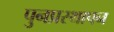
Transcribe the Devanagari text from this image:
पुनप्रस्थापन